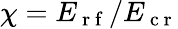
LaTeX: \chi=E_{\mathrm{~r~f~}}/E_{\mathrm{~c~r~}}